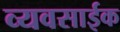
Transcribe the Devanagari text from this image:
व्यवसाईक